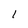
Character: 1